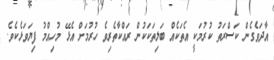
އާދަވެގެން ކަސްރަތު ކުރުމަކީ އެތަކެއް ބަލިތަކަކުން ރައްކާތެރިވެ ހުރުމަށް އެޅޭ މުހިއްމު ފިޔަވަޅެކެވެ.